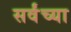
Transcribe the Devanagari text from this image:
सर्वंच्या